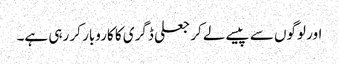
اور لوگوں سے پیسے لے کر جعلی ڈگری کا کاروبار کر رہی ہے۔